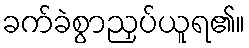
ခက်ခဲစွာညှပ်ယူရ၏။